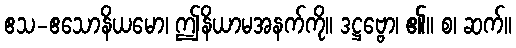
ဧသ-ဧသောနိယမော၊ ဤနိယာမအနက်ကို။ ဒဋ္ဌဗ္ဗော၊ ၏။ စ၊ ဆက်။